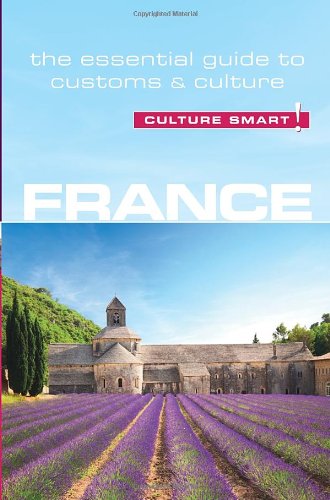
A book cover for France - Culture Smart!: The Essential Guide to Customs & Culture; Barry Tomalin; Business & Money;